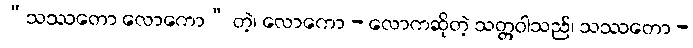
“သဿတော လောကော” တဲ့၊ လောကော - လောကဆိုတဲ့ သတ္တဝါသည်၊ သဿတော -